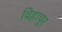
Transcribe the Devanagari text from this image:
विहापूर